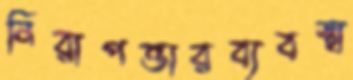
নিরাপত্তারব্যবস্থা